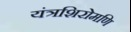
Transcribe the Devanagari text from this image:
यंत्रशिरोमणि